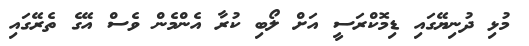
މުޅި ދުނިޔޭގައި ޑިމޮކްރަސީ އަށް ލޯބި ކުރާ އެންމެން ވެސް އޭގެ ތެރޭގައި